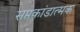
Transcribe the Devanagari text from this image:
सप्तकांडात्मक